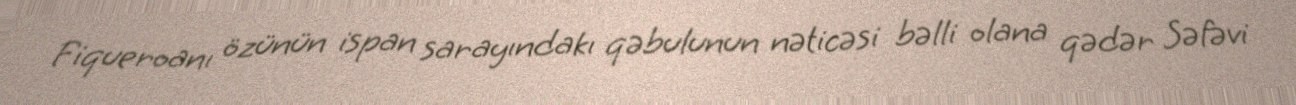
Fiqueroanı özünün ispan sarayındakı qəbulunun nəticəsi bəlli olana qədər Səfəvi